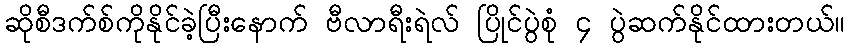
ဆိုစီဒက်စ်ကိုနိုင်ခဲ့ပြီးနောက် ဗီလာရီးရဲလ် ပြိုင်ပွဲစုံ ၄ ပွဲဆက်နိုင်ထားတယ်။